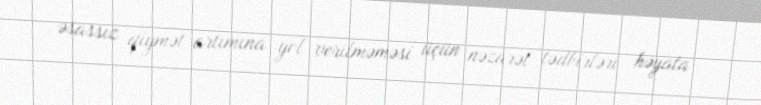
əsassız qiymət artımına yol verilməməsi üçün nəzarət tədbirləri həyata